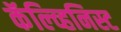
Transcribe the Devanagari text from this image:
कॅल्व्हिनिस्ट